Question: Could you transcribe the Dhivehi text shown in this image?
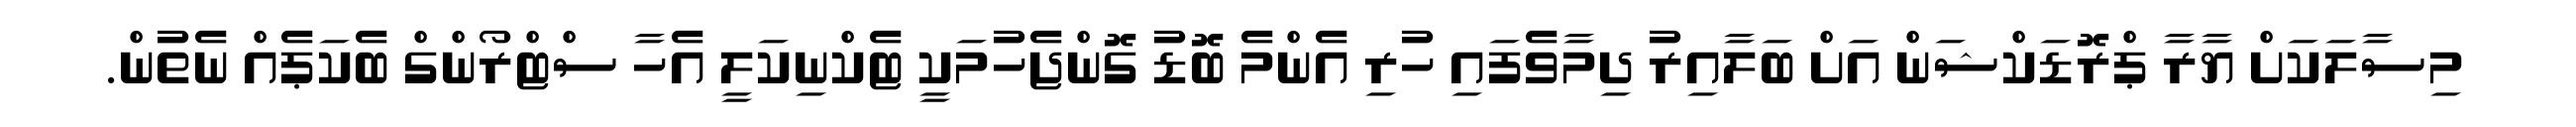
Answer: މިސާލަކަށް ޔާރާ ޕްރޮޑަކްޝަން އަށް ބަލާއިރު ދިމާވެފައި ހުރި އެންމެ ބޮޑު ގޮންޖެހުމަކީ ޓެކްނިކަލީ އެހާ ސްޓްރޯންގް ބެކަޕެއް ނެތުން.